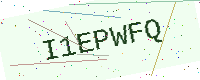
Text: I1EPWFQ